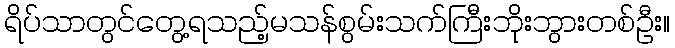
ရိပ်သာတွင်တွေ့ရသည့်မသန်စွမ်းသက်ကြီးဘိုးဘွားတစ်ဦး။